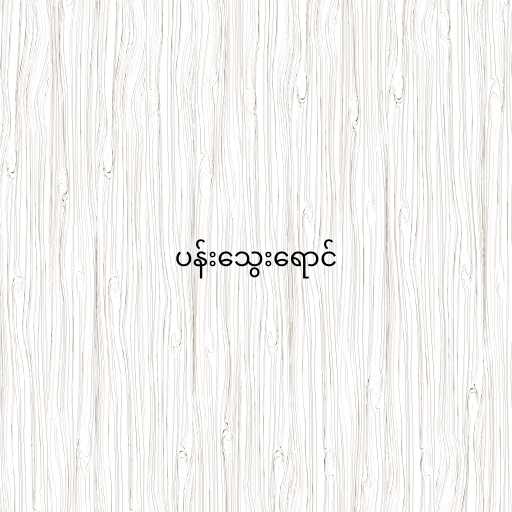
ပန်းသွေးရောင်